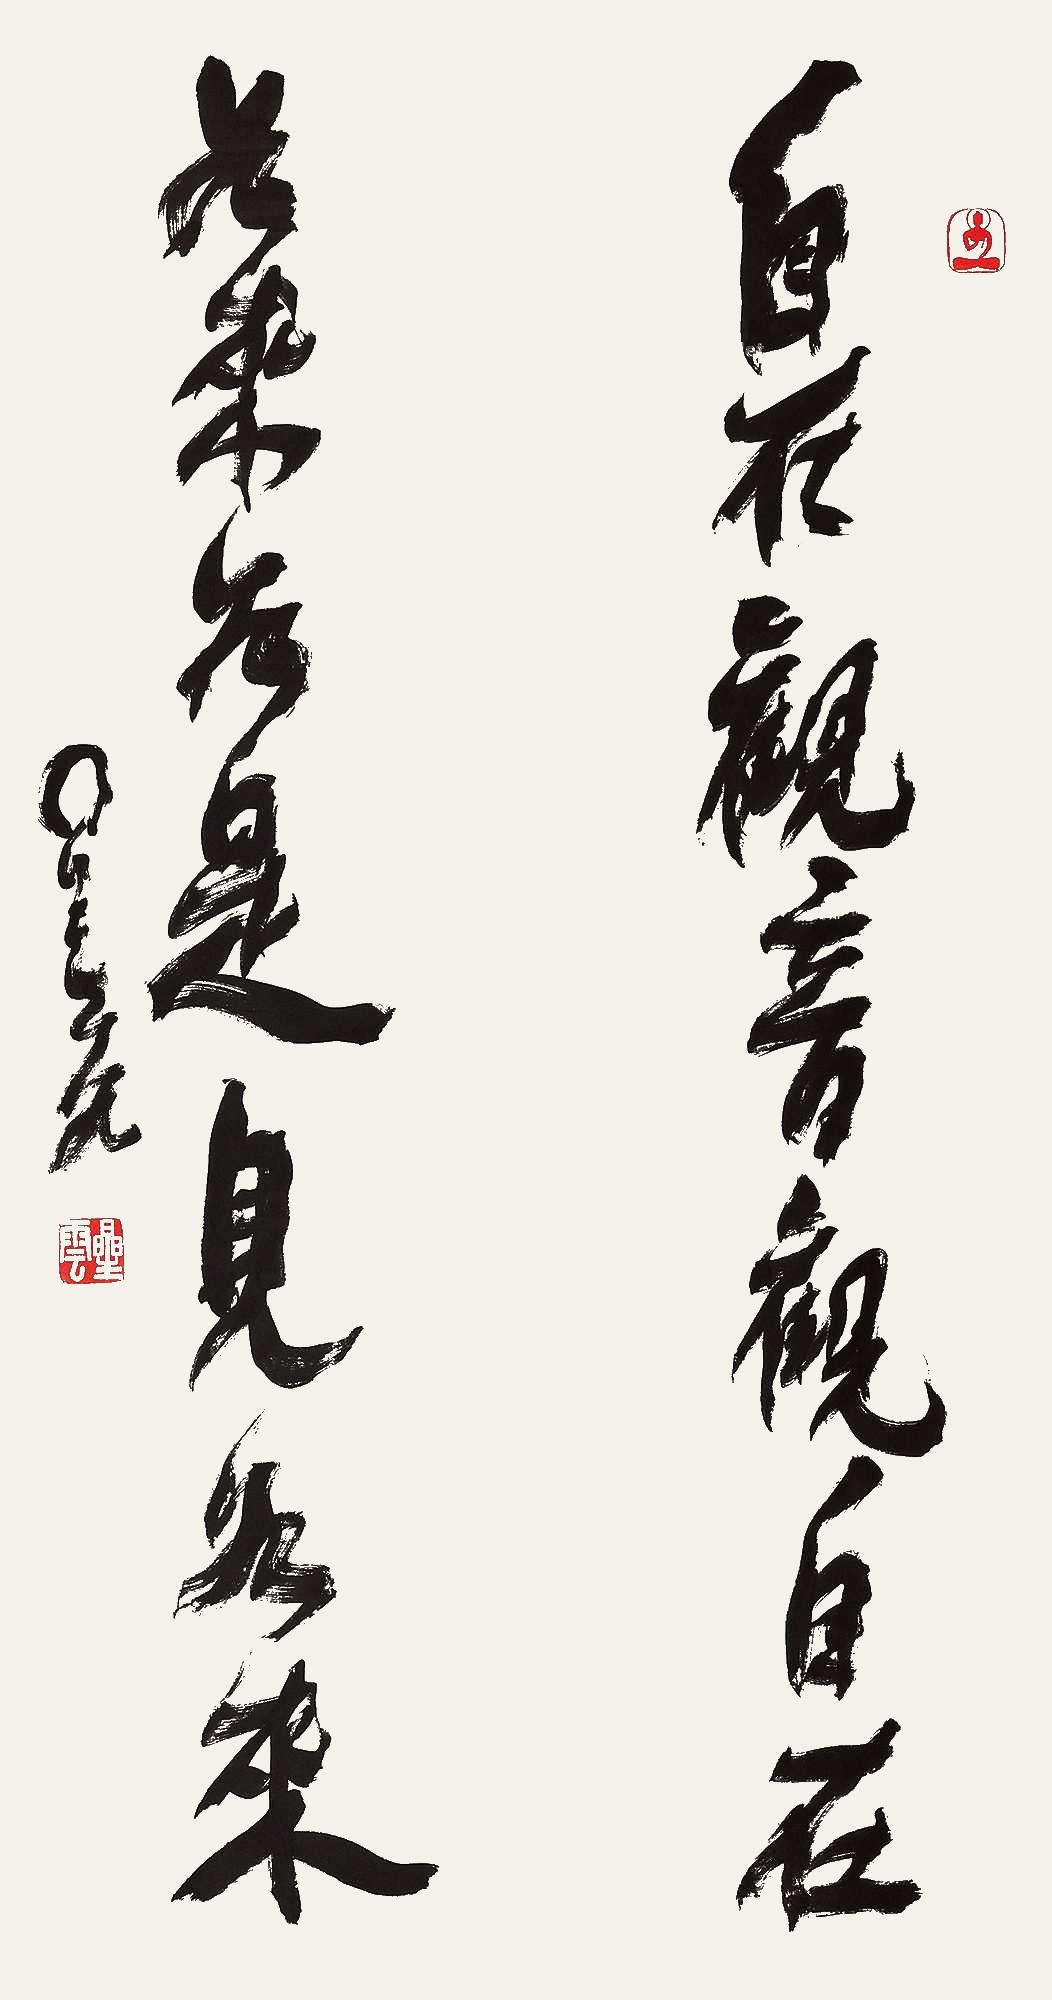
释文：自在观音观自在如来如是见如来星云八九